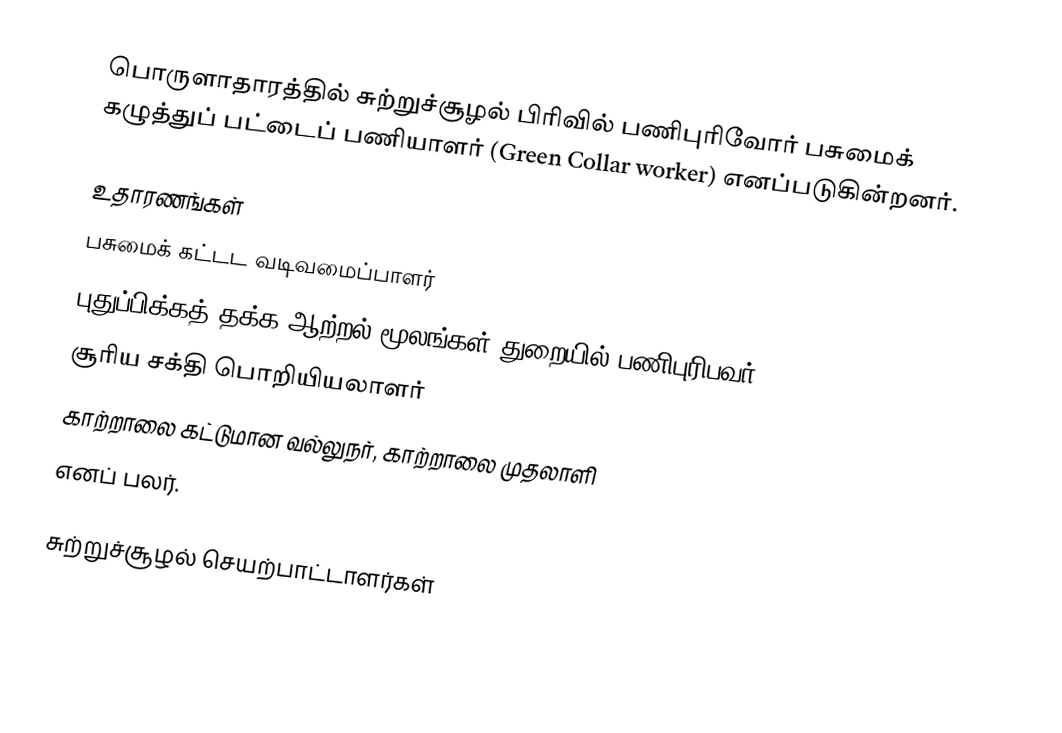
பொருளாதாரத்தில் சுற்றுச்சூழல் பிரிவில் பணிபுரிவோர் பசுமைக் கழுத்துப் பட்டைப் பணியாளர் (Green Collar worker) எனப்படுகின்றனர்.

உதாரணங்கள்
பசுமைக் கட்டட வடிவமைப்பாளர்
புதுப்பிக்கத் தக்க ஆற்றல் மூலங்கள் துறையில் பணிபுரிபவர்
சூரிய சக்தி பொறியியலாளர்
காற்றாலை கட்டுமான வல்லுநர், காற்றாலை முதலாளி
எனப் பலர்.

சுற்றுச்சூழல் செயற்பாட்டாளர்கள்